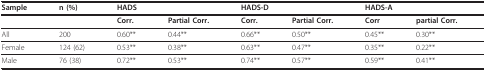
<table><thead><tr><td><b>Sample</b></td><td><b>n (%)</b></td><td colspan="2"><b>HADS</b></td><td colspan="2"><b>HADS-D</b></td><td colspan="2"><b>HADS-A</b></td></tr></thead><tbody><tr><td>[EMPTY_CELL]</td><td>[EMPTY_CELL]</td><td><b>Corr</b>.</td><td><b>Partial Corr</b>.</td><td><b>Corr</b>.</td><td><b>Partial Corr</b>.</td><td><b>Corr</b></td><td><b>partial Corr</b>.</td></tr><tr><td>All</td><td>200</td><td>0.60**</td><td>0.44**</td><td>0.66**</td><td>0.50**</td><td>0.45**</td><td>0.30**</td></tr><tr><td>Female</td><td>124 (62)</td><td>0.53**</td><td>0.38**</td><td>0.63**</td><td>0.47**</td><td>0.35**</td><td>0.22**</td></tr><tr><td>Male</td><td>76 (38)</td><td>0.72**</td><td>0.53**</td><td>0.74**</td><td>0.57**</td><td>0.59**</td><td>0.41**</td></tr></tbody></table>